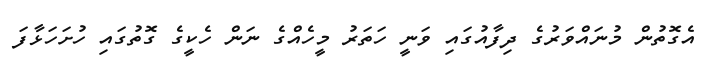
އެގޮތުން މުނައްވަރުގެ ދިފާއުގައި ވަނީ ހަތަރު މީހެއްގެ ނަން ހެކީގެ ގޮތުގައި ހުށަހަޅާފަ